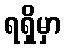
ရရှိမှာ